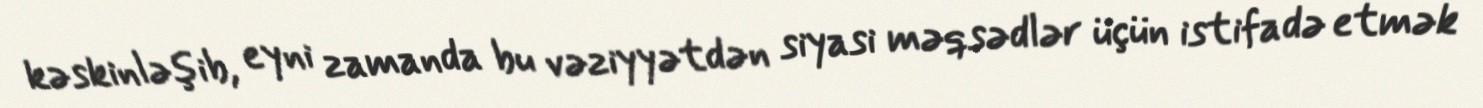
kəskinləşib, eyni zamanda bu vəziyyətdən siyasi məqsədlər üçün istifadə etmək